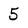
Character: 5